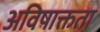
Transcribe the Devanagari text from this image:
अविषाक्तता